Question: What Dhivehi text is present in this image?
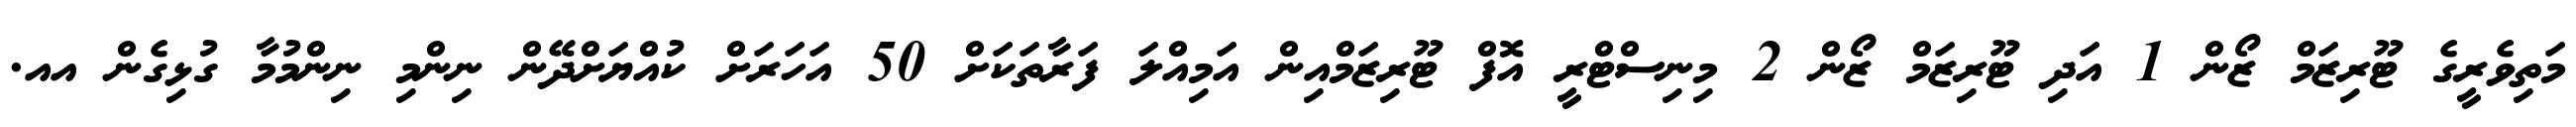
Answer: މަތިވެރީގެ ޓޫރިޒަމް ޒޯން 1 އަދި ޓޫރިޒަމް ޒޯން 2 މިނިސްޓްރީ އޮފް ޓޫރިޒަމްއިން އަމިއްލަ ފަރާތަކަށް 50 އަހަރަށް ކުއްޔަށްދޭން ނިންމި ނިންމުމާ ގުޅިގެން އއ.